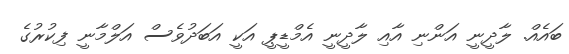
ބައެއް. ލާދީނީ އަންނި އާއި ލާދީނީ އެމްޑީޕީ އަކީ އަބަދުވެސް އަލްމާނީ ފިކުރުގެ